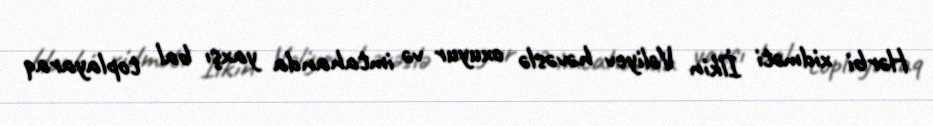
Hərbi xidməti İlkin Vəliyev həvəslə oxuyur və imtahanda yaxşı bal toplayaraq